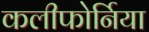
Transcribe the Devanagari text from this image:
कलीफोर्निया